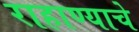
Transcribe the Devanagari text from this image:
राहाण्याचे